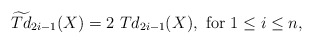
\begin{align*}\widetilde{Td}_{2i-1}(X)=2 \textrm{ }Td_{2i-1}(X), \textrm{ } \textrm{for} \textrm{ } 1\leq i\leq n, \end{align*}